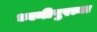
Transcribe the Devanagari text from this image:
ध्वनीपुरत्या